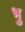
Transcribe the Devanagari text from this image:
भु